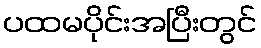
ပထမပိုင်းအပြီးတွင်